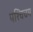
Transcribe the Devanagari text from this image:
पश्चिचम